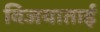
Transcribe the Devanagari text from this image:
विजयाताई